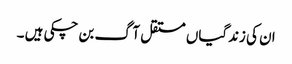
ان کی زندگیاں مستقل آگ بن چکی ہیں ۔